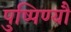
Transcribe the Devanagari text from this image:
पुष्पिण्यौ